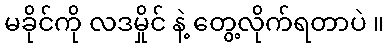
မခိုင်ကို လဒမှိုင် နဲ့ တွေ့လိုက်ရတာပဲ ။